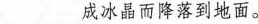
___成冰晶而降落到地面。